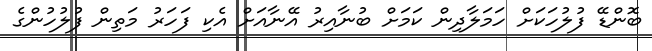
ބޮންޑޭ ފުލުހަކަށް ހަމަލާދިން ކަމަށް ބުނާއިރު އޭނާއަށް އެކި ފަހަރު މަތިން ފުލުހުންގެ